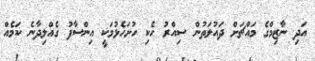
އަދި ނާޒިމްގެ މައްޗަށް ދައުލަތުން ސިއްރު ހެކި ހުށަހެޅުމަކީ އިންސާފު ގެއްލިދާނެ ކަމެއް